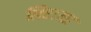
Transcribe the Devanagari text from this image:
लिए।यह